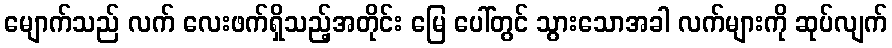
မျောက်သည် လက် လေးဖက်ရှိသည့်အတိုင်း မြေ ပေါ်တွင် သွားသောအခါ လက်များကို ဆုပ်လျက်